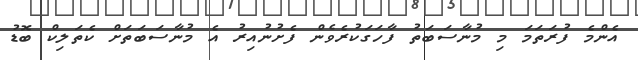
އެންމެ ފުރަތަމަ މި މުނާސަބަތު ފާހަގަކުރެވެން ފެށުނުއިރު އެ މުނާސަބަތަށް ކެތަލިކް ބޮޑު